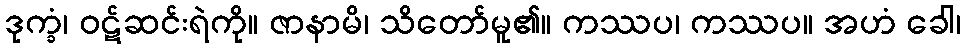
ဒုက္ခံ၊ ဝဋ်ဆင်းရဲကို။ ဇာနာမိ၊ သိတော်မူ၏။ ကဿပ၊ ကဿပ။ အဟံ ခေါ၊